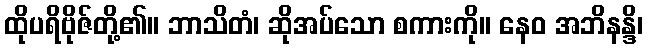
ထိုပရိဗိုဇ်တို့၏။ ဘာသိတံ၊ ဆိုအပ်သော စကားကို။ နေဝ အဘိနန္ဒိ၊